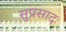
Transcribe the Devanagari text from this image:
सुप्रसादः